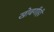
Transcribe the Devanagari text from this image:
खोबणीही